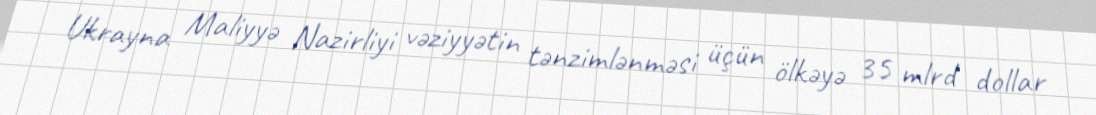
Ukrayna Maliyyə Nazirliyi vəziyyətin tənzimlənməsi üçün ölkəyə 35 mlrd dollar